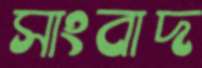
সাংবাদ